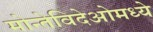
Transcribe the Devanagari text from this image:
मोन्तेविदेओमध्ये